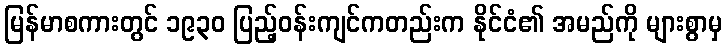
မြန်မာစကားတွင် ၁၉၃၀ ပြည့်ဝန်းကျင်ကတည်းက နိုင်ငံ၏ အမည်ကို များစွာမှ